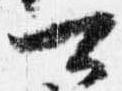
可